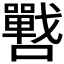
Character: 𭌓